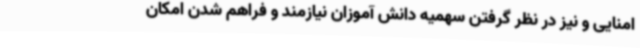
امنایی و نیز در نظر گرفتن سهمیه دانش آموزان نیازمند و فراهم شدن امکان